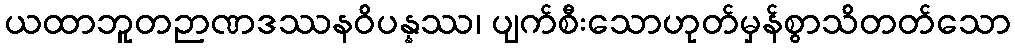
ယထာဘူတဉာဏဒဿနဝိပန္နဿ၊ ပျက်စီးသောဟုတ်မှန်စွာသိတတ်သော